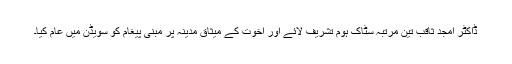
ڈاکٹر امجد ثاقب تین مرتبہ سٹاک ہوم تشریف لائے اور اخوت کے میثاق مدینہ پر مبنی پیغام کو سویڈن میں عام کیا۔